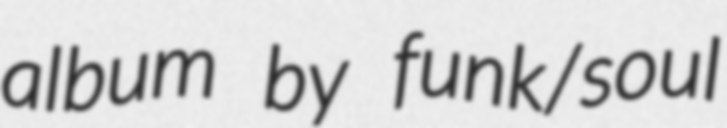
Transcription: album by funk/soul